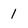
Character: 1